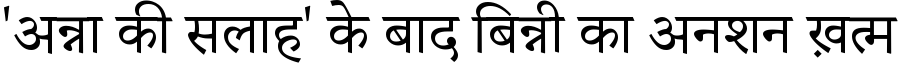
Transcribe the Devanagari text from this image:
'अन्ना की सलाह' के बाद बिन्नी का अनशन ख़त्म